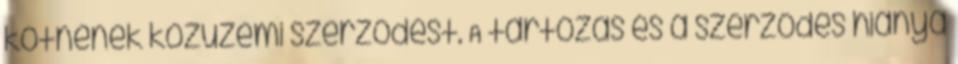
kötnének közüzemi szerződést. A tartozás és a szerződés hiánya